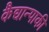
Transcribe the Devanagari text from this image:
कैद्यान्पाकी